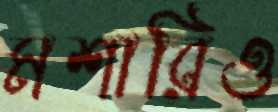
মশারিও